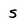
Character: 5